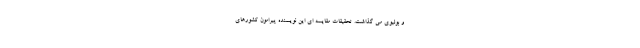
و بولیوی می گذاشت. تحقیقاتِ مقایسه ای این نویسنده پیرامون کشورهای